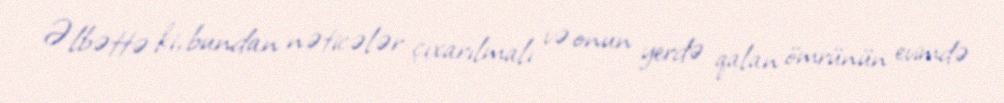
Əlbəttə ki, bundan nəticələr çıxarılmalı və onun yerdə qalan ömrünün evimdə